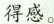
得感。